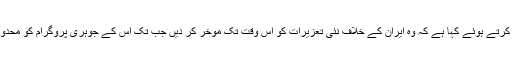
امریکہ کے صدر براک اوباما نے قانون سازوں کو مخاطب کرتے ہوئے کہا ہے کہ وہ ایران کے خلاف نئی تعزیرات کو اُس وقت تک موخر کر دیں جب تک اس کے جوہری پروگرام کو محدود کرنے کے لیے بین الاقوامی سطح پر بات چیت جاری ہیں۔